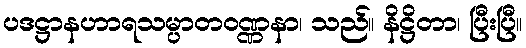
ပဒဋ္ဌာနဟာရသမ္ပာတဝဏ္ဏနာ၊ သည်။ နိဋ္ဌိတာ၊ ပြီးပြီ။